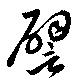
譬